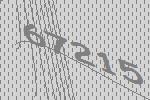
67215